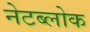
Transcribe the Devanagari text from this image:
नेटब्लोक